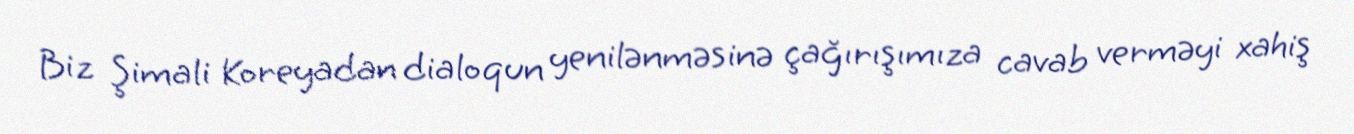
Biz Şimali Koreyadan dialoqun yenilənməsinə çağırışımıza cavab verməyi xahiş